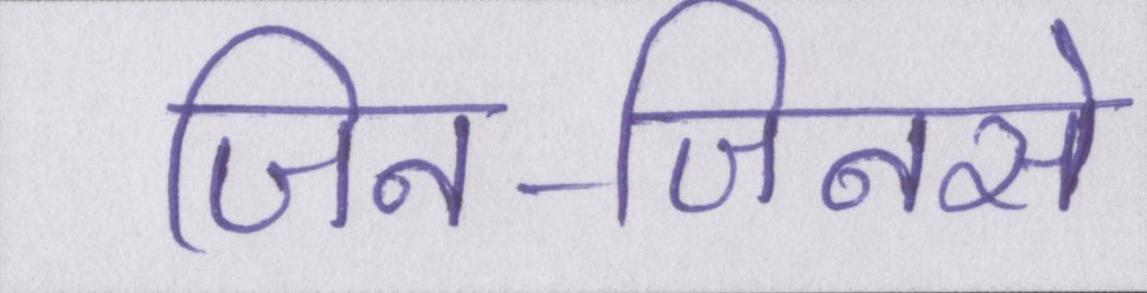
जिन-जिनसे